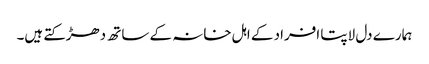
ہمارے دل لاپتا افراد کے اہل خانہ کے ساتھ دھڑکتے ہیں۔